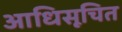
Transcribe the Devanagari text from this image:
आधिसूचित